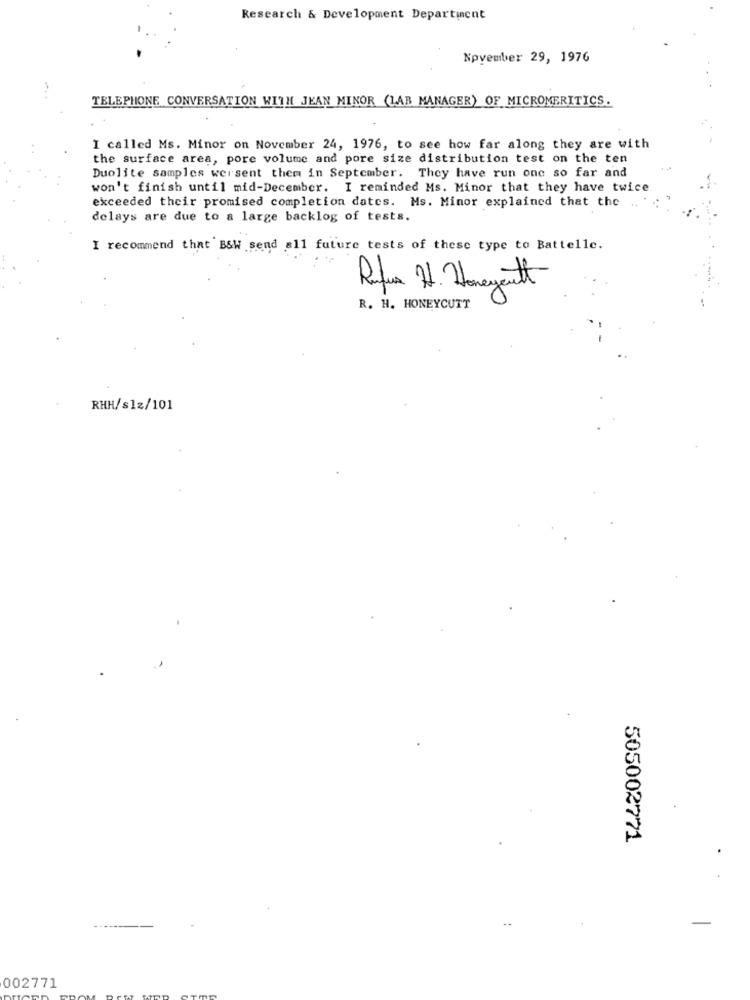
Research & Development Department
November 29, 1976
TELEPHONE CONVERSATION WITH JEAN MINOR (LAR MANAGER) OF MICROMERITICS.
I called Ms. Minor on November 24, 1976, to see how far along they are with
the surface area, pore volume and pore size distribution test on the ten
Duolite samples wersent them in September. They have run one so far and
won't finish until mid-December. I reminded Ms. Minor that they have twice
exceeded their promised completion dates. Ms. Minor explained that the ...
delays are due to a large backlog of tests.
I recommend that BSW send all future tests of these type to Battelle.
Refus 11. Honeycutt
R. H. HONEYCUTT
RHH/s1z/101
505002771
002771